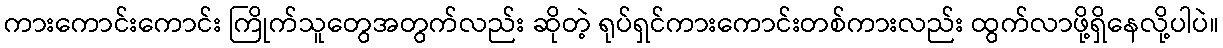
ကားကောင်းကောင်း ကြိုက်သူတွေအတွက်လည်း ဆိုတဲ့ ရုပ်ရှင်ကားကောင်းတစ်ကားလည်း ထွက်လာဖို့ရှိနေလို့ပါပဲ။